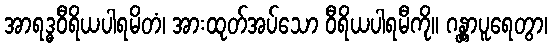
အာရဒ္ဓဝီရိယပါရမိတံ၊ အားထုတ်အပ်သော ဝီရိယပါရမီကို။ ဂန္တွာပူရေတွာ၊